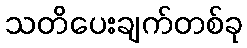
သတိပေးချက်တစ်ခု